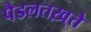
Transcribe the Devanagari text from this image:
पैडलतख़्ते